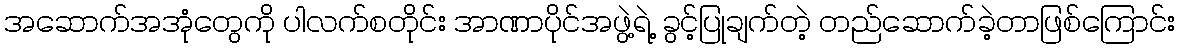
အဆောက်အအုံတွေကို ပါလက်စတိုင်း အာဏာပိုင်အဖွဲ့ရဲ့ ခွင့်ပြုချက်တဲ့ တည်ဆောက်ခဲ့တာဖြစ်ကြောင်း